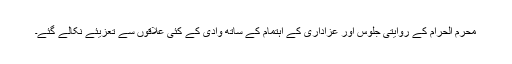
محرم الحرام کے روایتی جلوس اور عزاداری کے اہتمام کے ساتھ وادی کے کئی علاقوں سے تعزیئے نکالے گئے۔